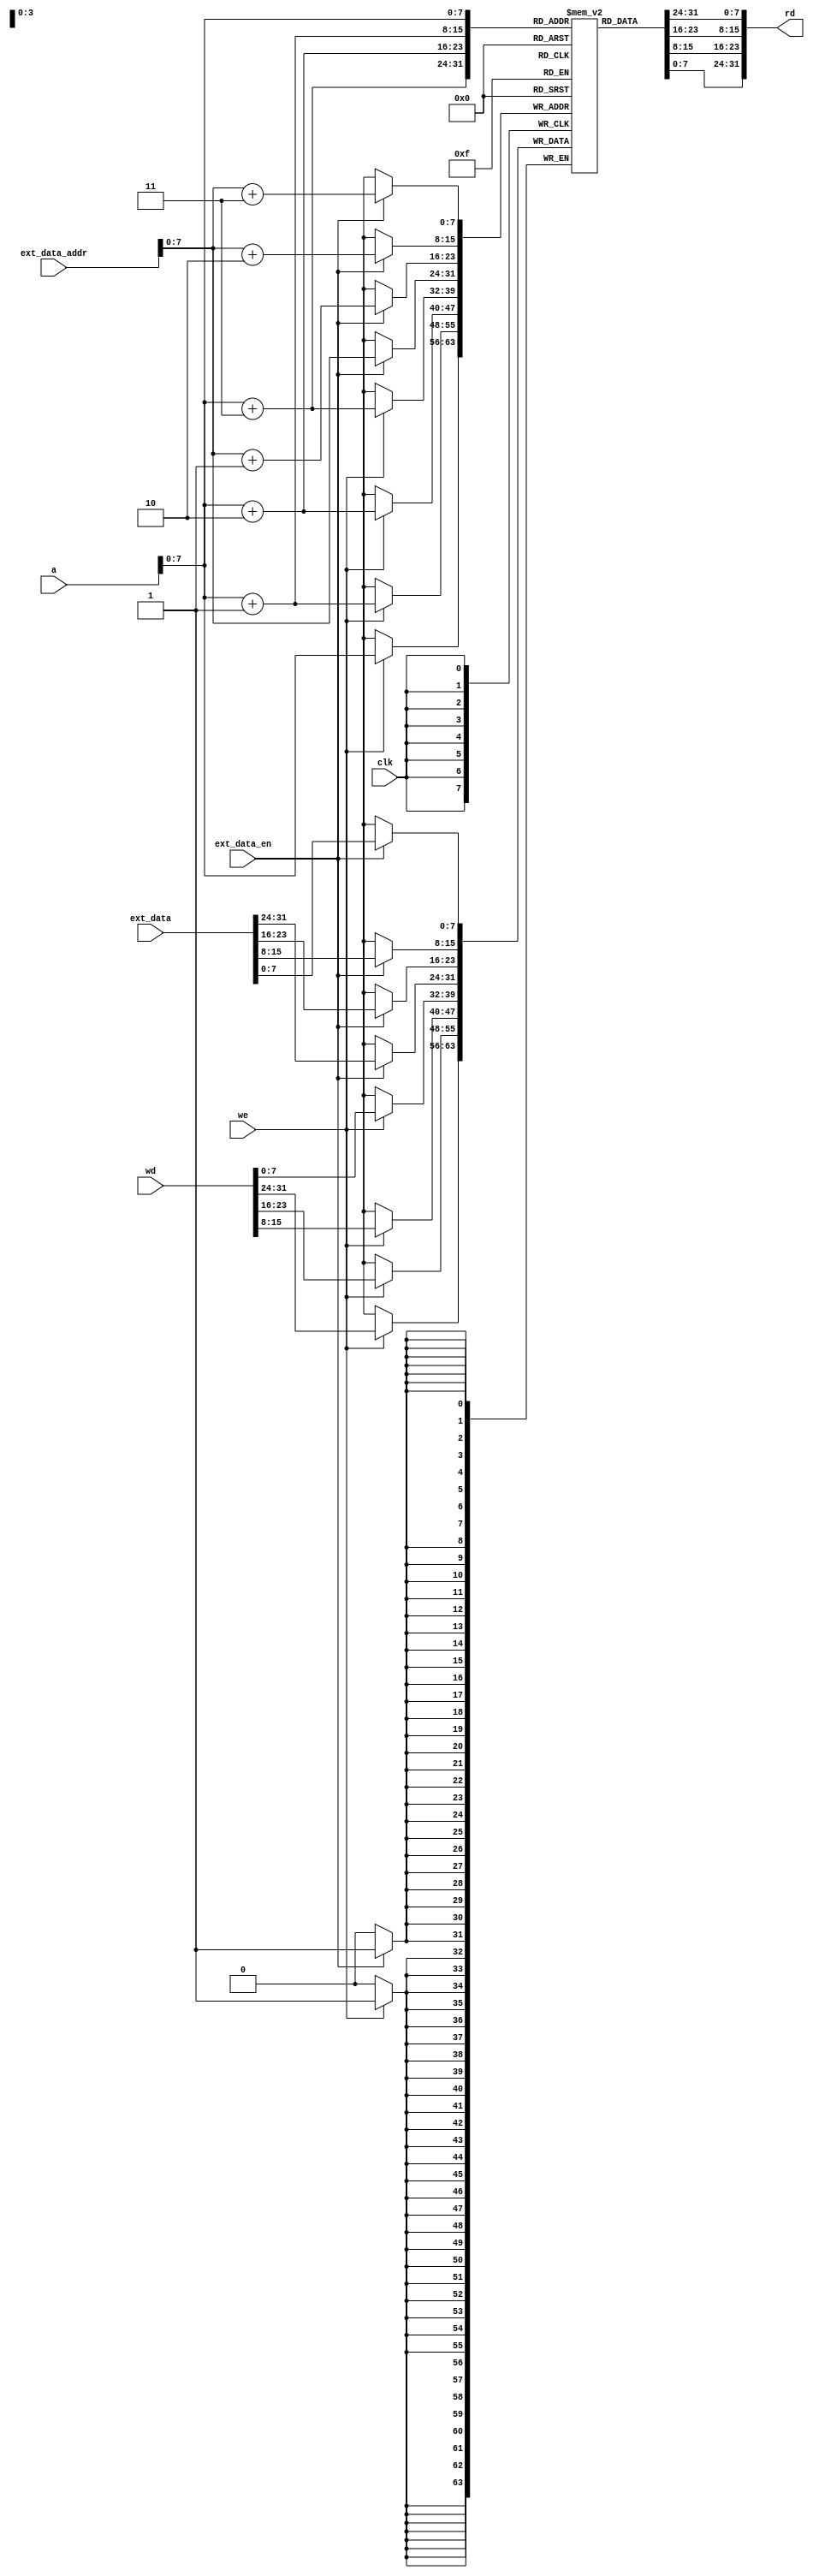
module data_memory(
input [31:0] a,
input [31:0] wd,
input clk,
input we,//enable signal
output [31:0] rd,
input [31:0] ext_data,ext_data_addr,
input ext_data_en);

reg [7:0] data_ram [255:0];

assign rd = {data_ram[a],data_ram[a+1],data_ram[a+2],data_ram[a+3]};//word aligned

integer n;
always@(posedge clk) begin
    //if (!rst_n) begin
    //    for(n=0;n<255;n=n+1) 
    //        data_ram[n]<=0;
    //end
//    else
    if(ext_data_en)
        {data_ram[ext_data_addr],data_ram[ext_data_addr+1],data_ram[ext_data_addr+2],data_ram[ext_data_addr+3]} <= ext_data;
    if (we) 
        {data_ram[a],data_ram[a+1],data_ram[a+2],data_ram[a+3]} <= wd;
end
endmodule